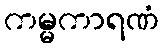
ကမ္မကာရဏံ